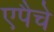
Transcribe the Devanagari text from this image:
एपैचे